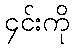
၄င်းကို